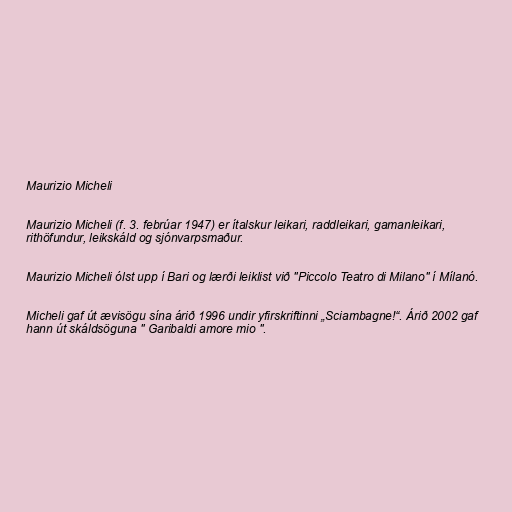
Maurizio Micheli

Maurizio Micheli (f. 3. febrúar 1947) er ítalskur leikari, raddleikari, gamanleikari,
rithöfundur, leikskáld og sjónvarpsmaður.

Maurizio Micheli ólst upp í Bari og lærði leiklist við "Piccolo Teatro di Milano" í Mílanó.

Micheli gaf út ævisögu sína árið 1996 undir yfirskriftinni „Sciambagne!“. Árið 2002 gaf
hann út skáldsöguna " Garibaldi amore mio ".